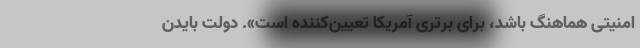
امنیتی هماهنگ باشد، برای برتری آمریکا تعیین‌کننده است». دولت بایدن